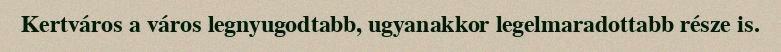
Kertváros a város legnyugodtabb, ugyanakkor legelmaradottabb része is.